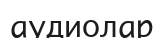
аудиолар